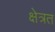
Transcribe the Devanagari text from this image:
क्षेत्रत